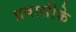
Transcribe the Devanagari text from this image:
प्रवासीके